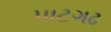
પાટગઢ